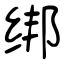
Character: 绑